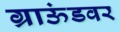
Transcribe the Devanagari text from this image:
ग्राऊंडवर